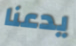
يدعنا